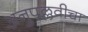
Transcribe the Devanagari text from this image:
अनुपल्लवीचा